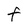
Character: F